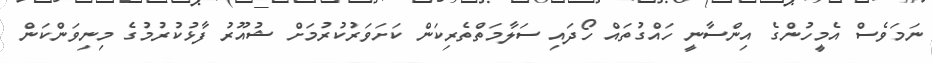
ނަމަވެސް އެމީހުންގެ އިންސާނީ ހައްގުތައް ހޯދައި ސަލާމަތްތެރިކަން ކަށަވަރުކުރުމަށް ޝުއޫރު ފާޅުކުރުމުގެ މިނިވަންކަން